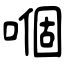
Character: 嗰